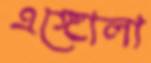
এঙ্গোলা